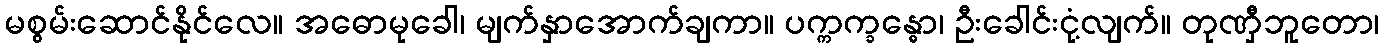
မစွမ်းဆောင်နိုင်လေ။ အဓောမုခေါ၊ မျက်နှာအောက်ချကာ။ ပက္ကက္ခန္ဓော၊ ဦးခေါင်းငုံ့လျက်။ တုဏှီဘူတော၊